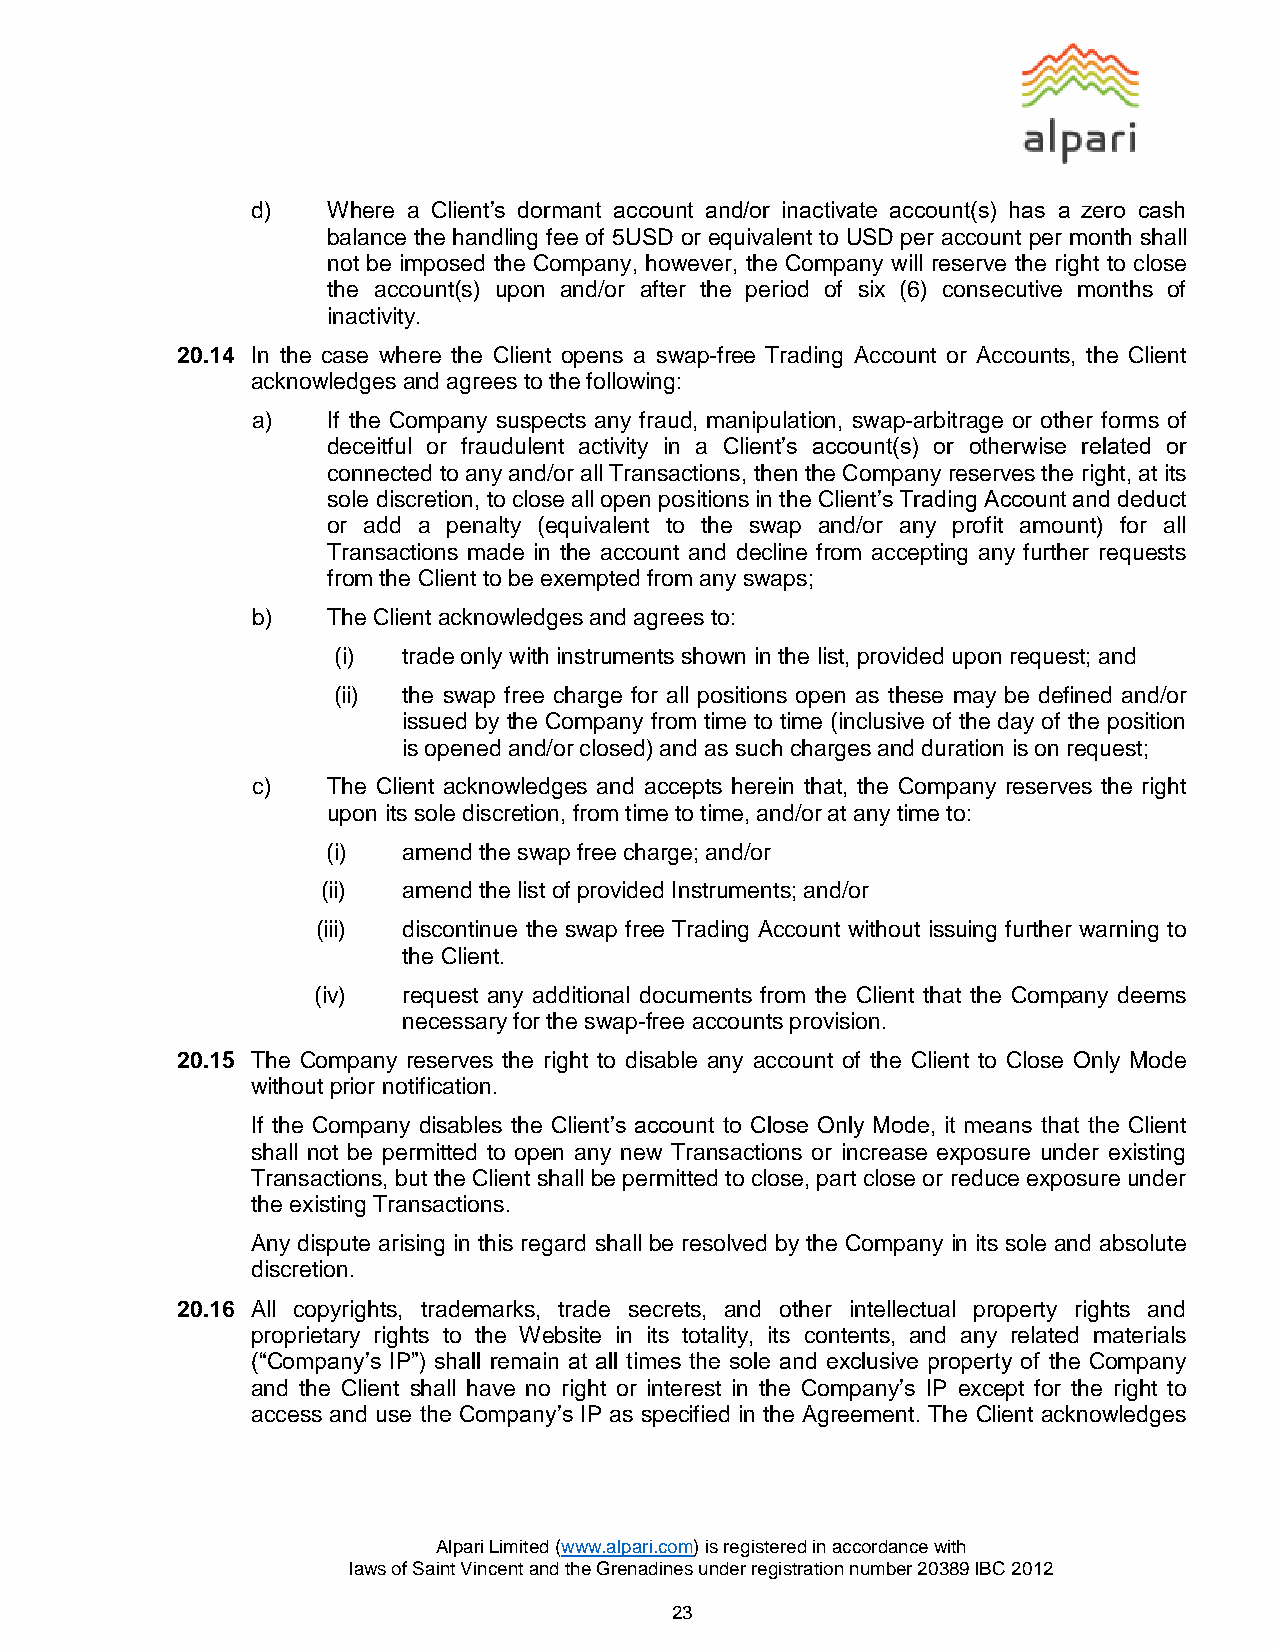
d)   Where a Client’s dormant account and/or inactivate account(s) has a zero cash
 balance the handling fee of 5USD or equivalent to USD per account per month shall
 not be imposed the Company, however, the Company will reserve the right to close
 the account(s) upon and/or after the period of six (6) consecutive months of
 inactivity.
 20.14 In the case where the Client opens a swap-free Trading Account or Accounts, the Client
 acknowledges and agrees to the following:
 a)   If the Company suspects any fraud, manipulation, swap-arbitrage or other forms of
 deceitful or fraudulent activity in a Client’s account(s) or otherwise related or
 connected to any and/or all Transactions, then the Company reserves the right, at its
 sole discretion, to close all open positions in the Client’s Trading Account and deduct
 or add a penalty (equivalent to the swap and/or any profit amount) for all
 Transactions made in the account and decline from accepting any further requests
 from the Client to be exempted from any swaps;
 b)   The Client acknowledges and agrees to:
 (i)  trade only with instruments shown in the list, provided upon request; and
 (ii) the swap free charge for all positions open as these may be defined and/or
 issued by the Company from time to time (inclusive of the day of the position
 is opened and/or closed) and as such charges and duration is on request;
 c)   The Client acknowledges and accepts herein that, the Company reserves the right
 upon its sole discretion, from time to time, and/or at any time to:
 (i)  amend the swap free charge; and/or
 (ii)  amend the list of provided Instruments; and/or
 (iii) discontinue the swap free Trading Account without issuing further warning to
 the Client.
 (iv)  request any additional documents from the Client that the Company deems
 necessary for the swap-free accounts provision.
 20.15 The Company reserves the right to disable any account of the Client to Close Only Mode
 without prior notification.
 If the Company disables the Client’s account to Close Only Mode, it means that the Client
 shall not be permitted to open any new Transactions or increase exposure under existing
 Transactions, but the Client shall be permitted to close, part close or reduce exposure under
 the existing Transactions.
 Any dispute arising in this regard shall be resolved by the Company in its sole and absolute
 discretion.
 20.16 All copyrights, trademarks, trade secrets, and other intellectual property rights and
 proprietary rights to the Website in its totality, its contents, and any related materials
 (“Company’s IP”) shall remain at all times the sole and exclusive property of the Company
 and the Client shall have no right or interest in the Company’s IP except for the right to
 access and use the Company’s IP as specified in the Agreement. The Client acknowledges
 Alpari Limited (www.alpari.com) is registered in accordance with
 laws of Saint Vincent and the Grenadines under registration number 20389 IBC 2012
 23